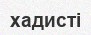
хадисті